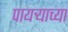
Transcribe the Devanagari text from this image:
पायऱ्याच्या